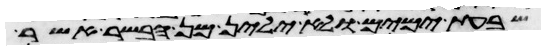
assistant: שבעת ימים ולא ילין מן הבשר אשר